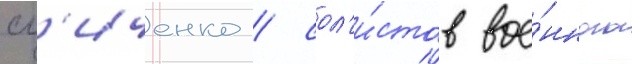
сл'иченко / сол'и́стов вое́нного